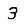
Digit: 3